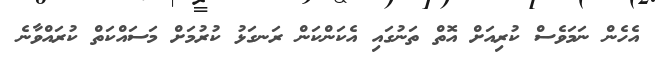
އެހެން ނަމަވެސް ކުރިއަށް އޮތް ތަނުގައި އެކަންކަން ރަނގަޅު ކުރުމަށް މަސައްކަތް ކުރައްވާނެ